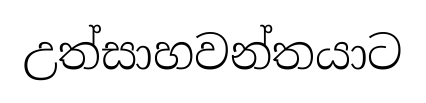
උත්සාහවන්තයාට